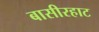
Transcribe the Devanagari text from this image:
बासीरहाट